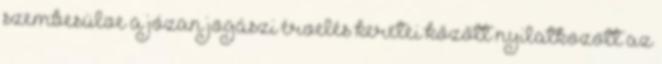
szembesülve a józan jogászi érvelés keretei között nyilatkozott az